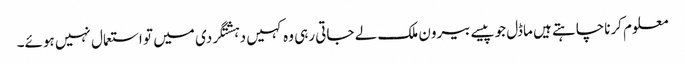
معلوم کرناچاہتے ہیں ماڈل جوپیسے بیرون ملک لے جاتی رہی وہ کہیں دہشتگردی میں تو استعمال نہیں ہوئے۔